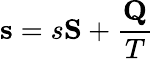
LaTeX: \mathbf{s}=s\mathbf{S}+{\frac{\mathbf{Q}}{T}}